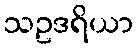
သဥဒရိယာ